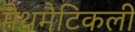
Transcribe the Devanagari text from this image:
मैथमैटिकली